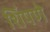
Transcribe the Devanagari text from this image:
शिंपणे